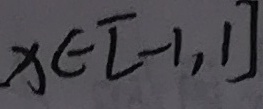
x \in [ - 1 , 1 ]